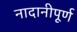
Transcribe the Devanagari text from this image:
नादानीपूर्ण